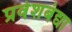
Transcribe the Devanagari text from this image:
प्रवेशबंद्या